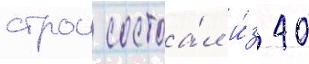
строи состоа́л и́з 40